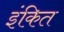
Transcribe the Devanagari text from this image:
इंकित